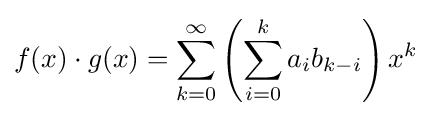
f(x)\cdot g(x)=\sum _{k=0}^{\infty }\left(\sum _{i=0}^{k}a_{i}b_{k-i}\right)x^{k}